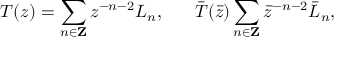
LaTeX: T ( z ) = \sum _ { n \in { \bf Z } } z ^ { - n - 2 } L _ { n } , \ \ \ \ \ \bar { T } ( \bar { z } ) \sum _ { n \in { \bf Z } } \bar { z } ^ { - n - 2 } \bar { L } _ { n } ,